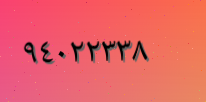
٩٤٠٢٢٣٣٨